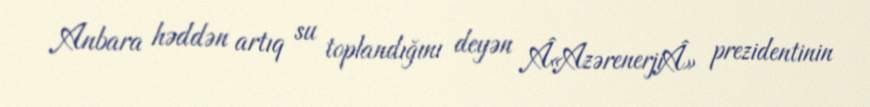
Anbara həddən artıq su toplandığını deyən Â«AzərenerjiÂ» prezidentinin